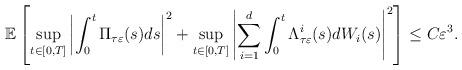
LaTeX: \begin{align*}\mathbb{E}\left[ \sup_{t\in\lbrack0,T]}\left\vert \int_{0}^{t}\Pi_{\tau\varepsilon}(s)ds\right\vert ^{2}+\sup_{t\in\lbrack0,T]}\left\vert\sum\limits_{i=1}^{d}\int_{0}^{t}\Lambda_{\tau\varepsilon}^{i}(s)dW_{i}(s)\right\vert ^{2}\right] \leq C\varepsilon^{3}.\end{align*}